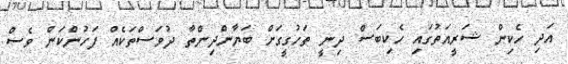
އަދި ހެކިން ޝަރީއަތުގައި ހެކިބަސް ދިނީ ތަހުގީގަށް ބަޔާންދިންތާ ދުވަސްތަކެއް ފަހުންކަން ވެސް